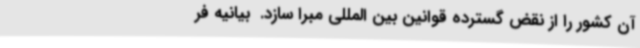
آن کشور را از نقض گسترده قوانین بین المللی مبرا سازد. ‌ بیانیه فر